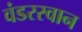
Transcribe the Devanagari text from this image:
वंडरस्वान